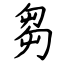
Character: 芻